Indian journal of veterinary science and animal husbandry - Volumes 24-25, 1954-1955
Year: 1954
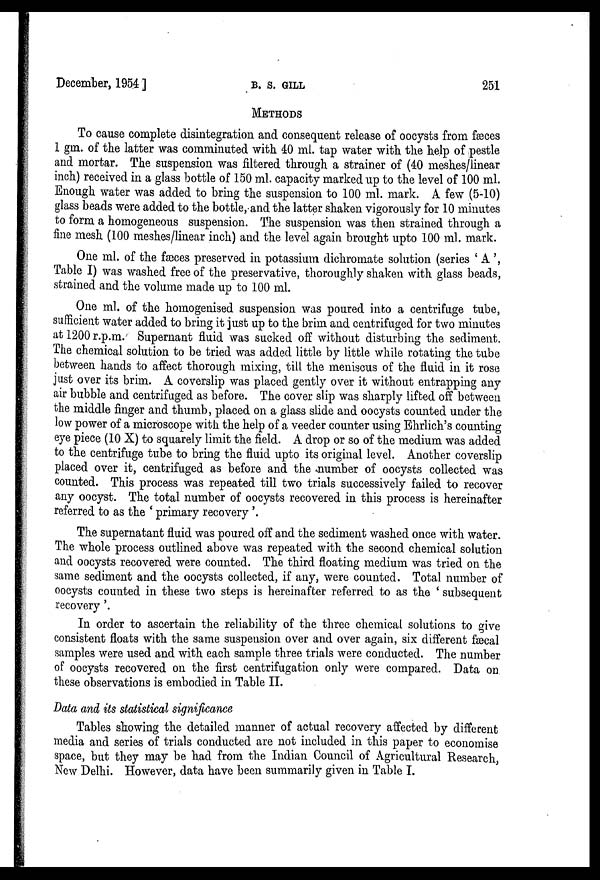
December, 1954 ]
B.
S.
GILL
251
METHODS
To cause complete disintegration and consequent release of oocysts from fæces
1 gm. of the latter was comminuted with 40 ml. tap water with the help of pestle
and mortar. The suspension was filtered through a strainer of (40 meshes/linear
inch) received in a glass bottle of 150 ml. capacity marked up to the level of 100 ml.
Enough water was added to bring the suspension to 100 ml. mark. A few (5-10)
glass beads were added to the bottle, and the latter shaken vigorously for 10 minutes
to form a homogeneous suspension. The suspension was then strained through a
fine mesh (100 meshes/linear inch) and the level again brought upto 100 ml. mark.
One ml. of the fæces preserved in potassium dichromate solution (series ' A ',
Table I) was washed free of the preservative, thoroughly shaken with glass beads,
strained and the volume made up to 100 ml.
One ml. of the homogenised suspension was poured into a centrifuge tube,
sufficient water added to bring it just up to the brim and centrifuged for two minutes
at 1200 r.p.m. Supernant fluid was sucked off without disturbing the sediment.
The chemical solution to be tried was added little by little while rotating the tube
between hands to affect thorough mixing, till the meniscus of the fluid in it rose
just over its brim. A coverslip was placed gently over it without entrapping any
air bubble and centrifuged as before. The cover slip was sharply lifted off between
the middle finger and thumb, placed on a glass slide and oocysts counted under the
low power of a microscope with the help of a veeder counter using Ehrlich's counting
eye piece (10 X) to squarely limit the field. A drop or so of the medium was added
to the centrifuge tube to bring the fluid upto its original level. Another coverslip
placed over it, centrifuged as before and the number of oocysts collected was
counted. This process was repeated till two trials successively failed to recover
any oocyst. The total number of oocysts recovered in this process is hereinafter
referred to as the ' primary recovery '.
The supernatant fluid was poured off and the sediment washed once with water.
The whole process outlined above was repeated with the second chemical solution
and oocysts recovered were counted. The third floating medium was tried on the
same sediment and the oocysts collected, if any, were counted. Total number of
oocysts counted in these two steps is hereinafter referred to as the ' subsequent
recovery '.
In order to ascertain the reliability of the three chemical solutions to give
consistent floats with the same suspension over and over again, six different fæcal
samples were used and with each sample three trials were conducted. The number
of oocysts recovered on the first centrifugation only were compared. Data on
these observations is embodied in Table II.
Data and its statistical significance
Tables showing the detailed manner of actual recovery affected by different
media and series of trials conducted are not included in this paper to economise
space, but they may be had from the Indian Council of Agricultural Research,
New Delhi. However, data have been summarily given in Table I.